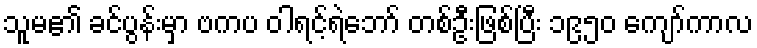
သူမ၏ ခင်ပွန်းမှာ ဗကပ ဝါရင့်ရဲဘော် တစ်ဦးဖြစ်ပြီး ၁၉၅၀ ကျော်ကာလ